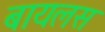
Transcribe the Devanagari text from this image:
बायलस